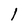
Character: l